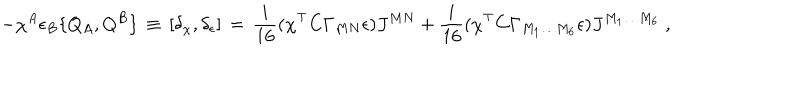
LaTeX: - \chi ^ { A } \epsilon _ { B } \{ Q _ { A } , Q ^ { B } \} \, \equiv \, [ \delta _ { \chi } , \delta _ { \epsilon } ] \, = \, \frac { i } { 1 6 } ( \chi ^ { \top } C \Gamma _ { M N } \epsilon ) J ^ { M N } + \frac { i } { 1 6 } ( \chi ^ { \top } C \Gamma _ { M _ { 1 } \ldots M _ { 6 } } \epsilon ) J ^ { M _ { 1 } \ldots M _ { 6 } } \; ,